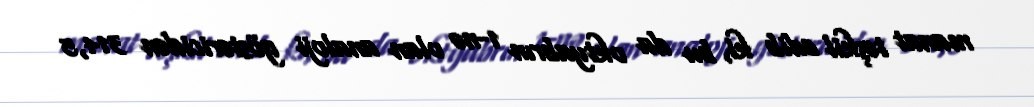
manat təşkil edib ki, bu da oktyabrın 1-nə olan analoji göstəricidən 314,5